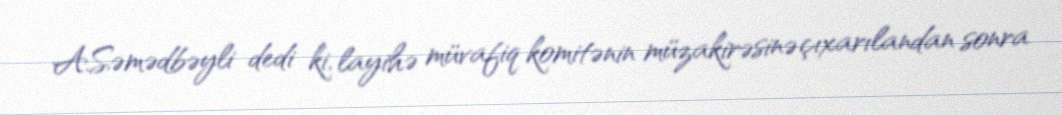
A.Səmədbəyli dedi ki, layihə müvafiq komitənin müzakirəsinə çıxarılandan sonra